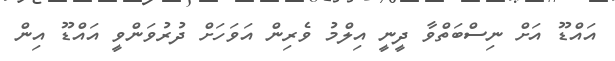
އައްޑޫ އަށް ނިސްބަތްވާ ދީނީ އިލްމު ވެރިން އަވަހަށް ދުރުވަންވީ އައްޑޫ އިން